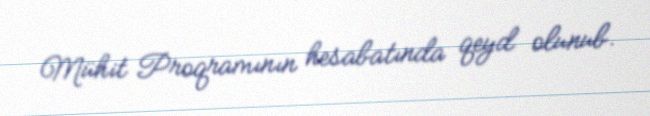
Mühit Proqramının hesabatında qeyd olunub.